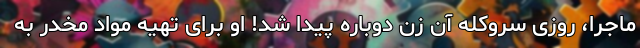
ماجرا، روزی سروکله آن زن دوباره پیدا شد! او برای تهیه مواد مخدر به